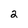
Character: 2